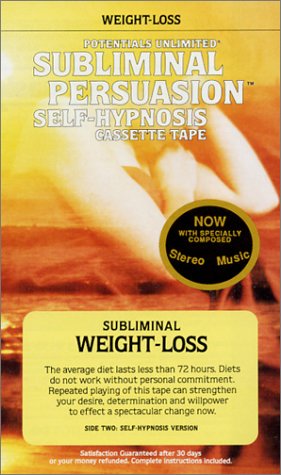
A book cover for Weight Loss: A Subliminal Persuasion Self Hypnosis; Barrie L Konicov; Health, Fitness & Dieting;